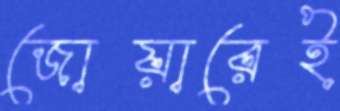
জোয়ারেই